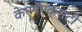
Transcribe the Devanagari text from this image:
केएनएक्सटी